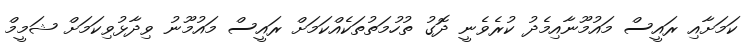
ކަމަށާއި ރައީސް މައުމޫނާއިމެދު ކުރެވެނީ ދޮގު ތުހުމަތުތަކެއްކަމަށް ރައީސް މައުމޫނު ވިދާޅުވިކަމަށް ޝަމީމް